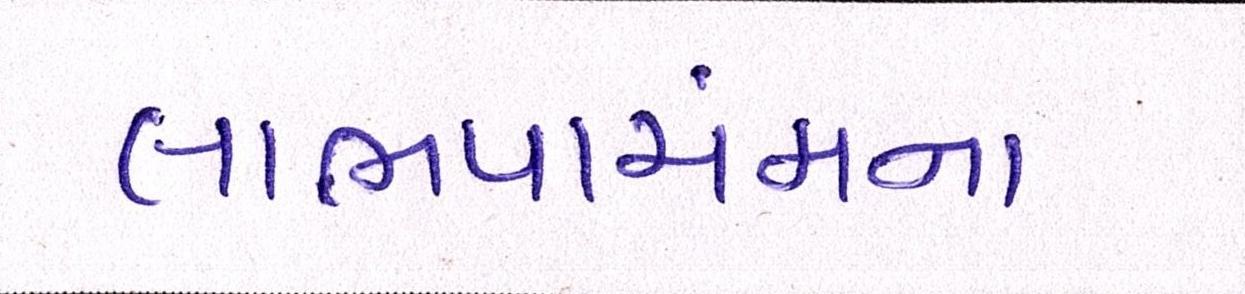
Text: લાભપાંચમના